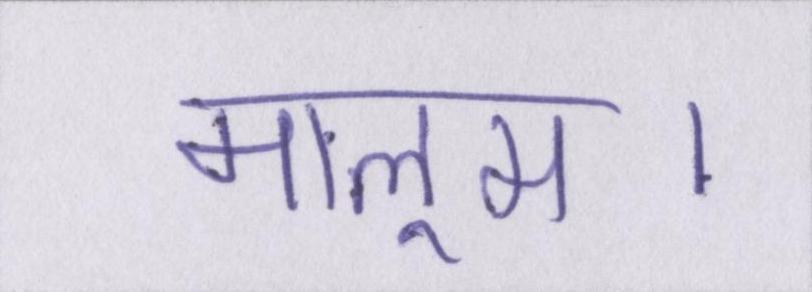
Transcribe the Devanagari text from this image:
मालूम।